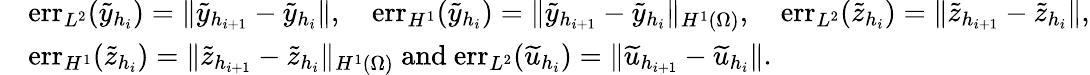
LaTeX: \begin{array}{rl}&{\mathrm{err}_{L^{2}}(\widetilde{y}_{h_{i}})=\| \widetilde{y}_{h_{i+1}}-\widetilde{y}_{h_{i}}\| ,\quad\mathrm{err}_{H^{1}}(\widetilde{y}_{h_{i}})=\| \widetilde{y}_{h_{i+1}}-\widetilde{y}_{h_{i}}\| _{H^{1}(\Omega)},\quad\mathrm{err}_{L^{2}}(\widetilde{z}_{h_{i}})=\| \widetilde{z}_{h_{i+1}}-\widetilde{z}_{h_{i}}\| ,}\\ &{\mathrm{err}_{H^{1}}(\widetilde{z}_{h_{i}})=\| \widetilde{z}_{h_{i+1}}-\widetilde{z}_{h_{i}}\| _{H^{1}(\Omega)}\mathrm{~and~}\mathrm{err}_{L^{2}}(\widetilde{u}_{h_{i}})=\| \widetilde{u}_{h_{i+1}}-\widetilde{u}_{h_{i}}\| .}\end{array}